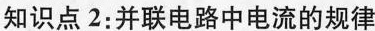
知识点2：并联电路中电流的规律